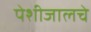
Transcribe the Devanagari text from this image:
पेशीजालचे